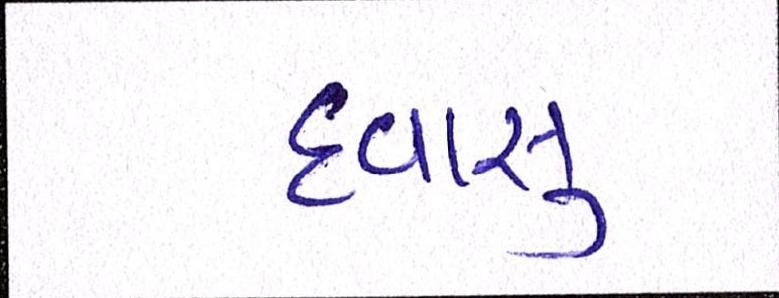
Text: દવાસુ